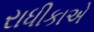
રાધીકાએ